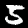
Label: 5